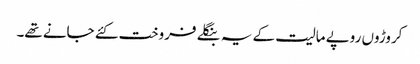
کروڑوں روپے مالیت کے یہ بنگلے فروخت کئے جانے تھے۔